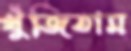
খুঁজিতাম